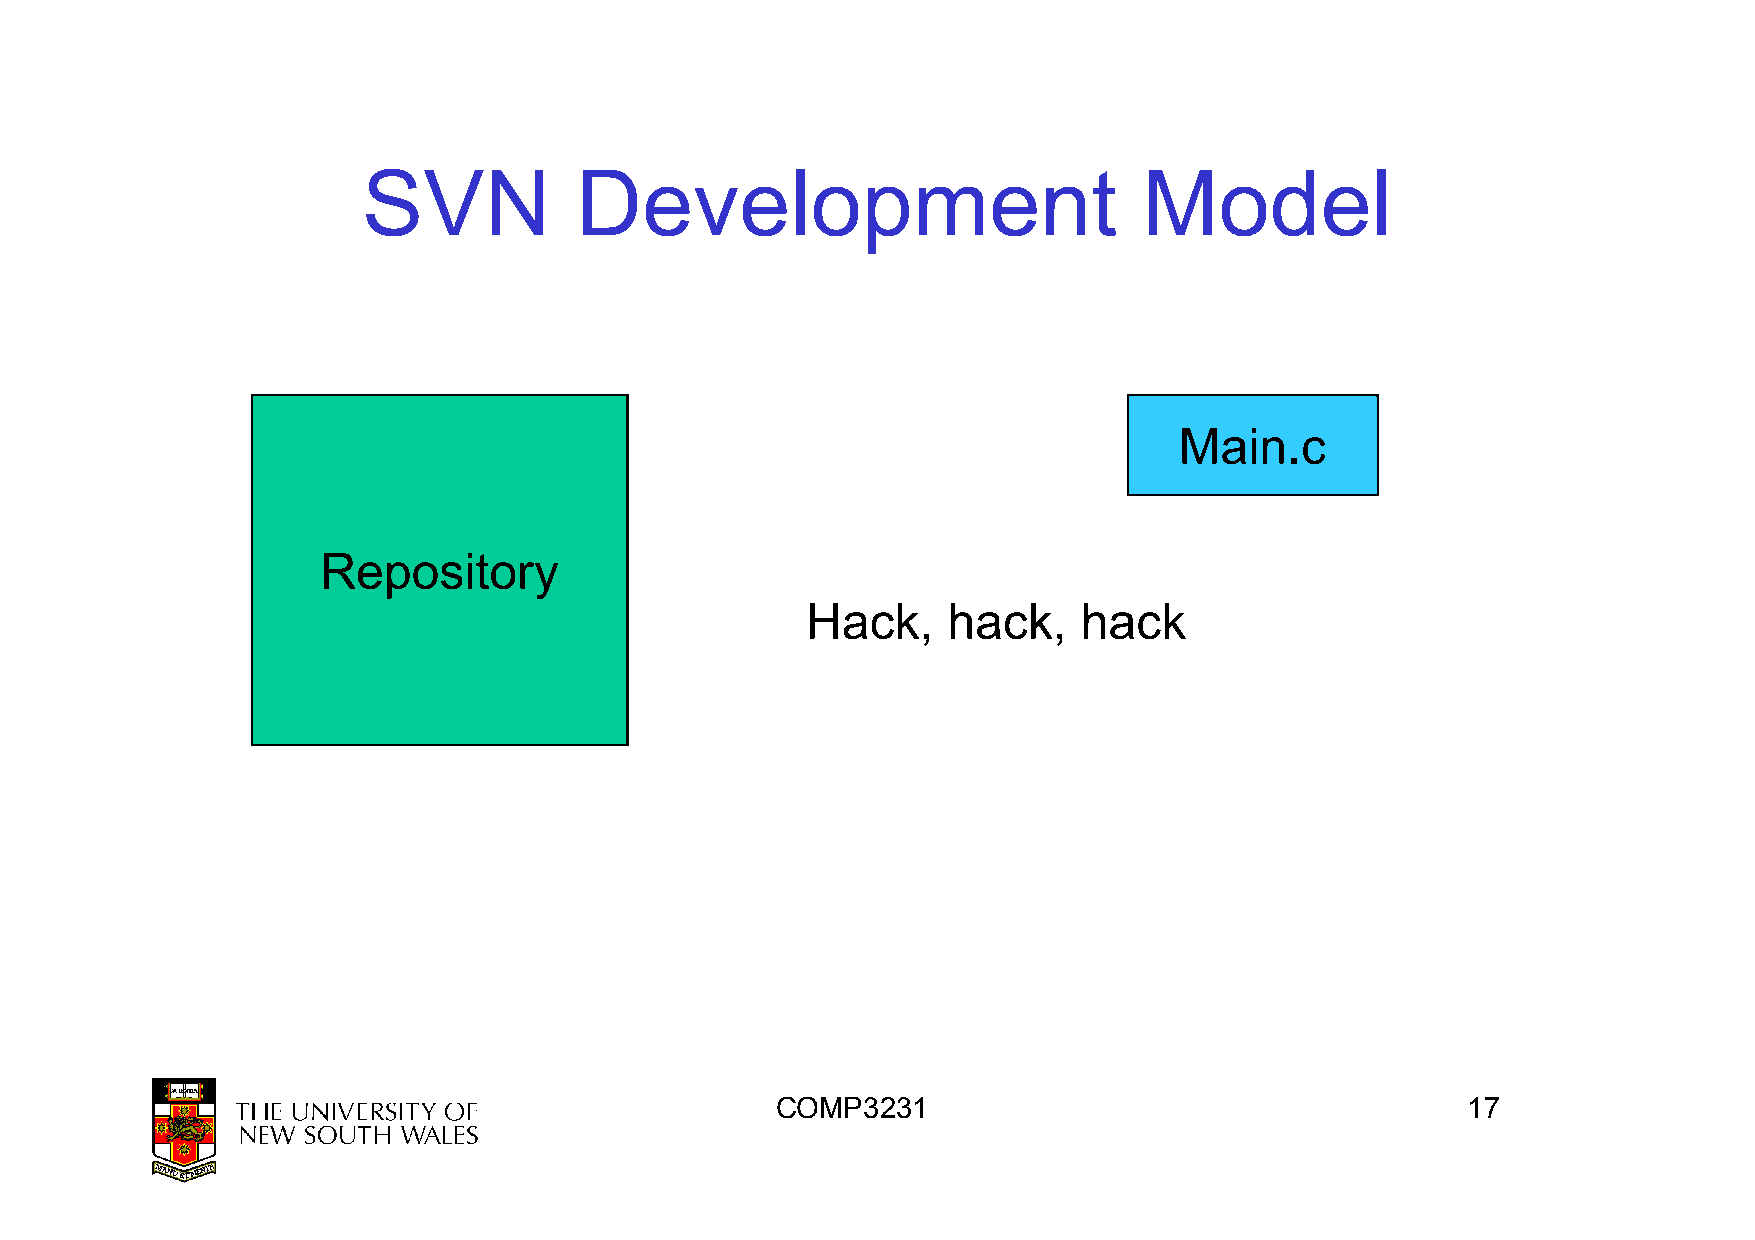
SVN           Development                           Model
 Main.c
 Repository
 HHaacckk,, hhaacckk,, hhaacckk
 COMP3231                                      17